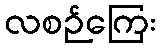
လစဉ်ကြေး